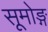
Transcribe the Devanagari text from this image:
सूमोङ्ग